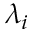
\lambda _ { i }